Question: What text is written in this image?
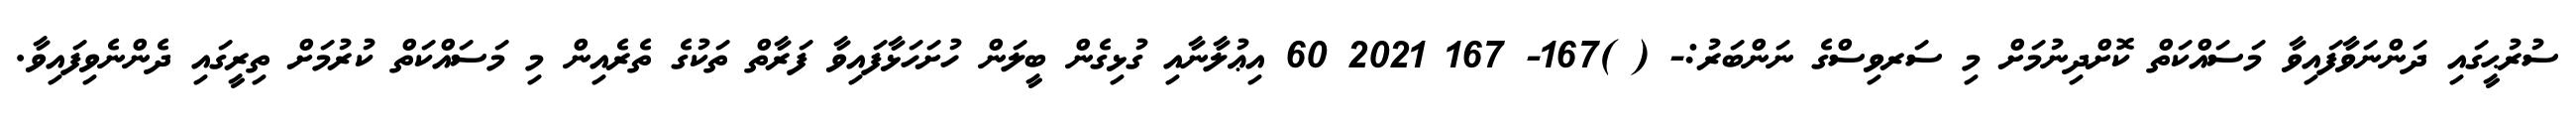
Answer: ސުރުޙީގައި ދަންނަވާފައިވާ މަސައްކަތް ކޮށްދިނުމަށް މި ސަރވިސްގެ ނަންބަރު:- ( )167- 167 2021 60 އިޢުލާނާއި ގުޅިގެން ބީލަން ހުށަހަޅާފައިވާ ފަރާތް ތަކުގެ ތެރެއިން މި މަސައްކަތް ކުރުމަށް ތިރީގައި ދެންނެވިފައިވާ.